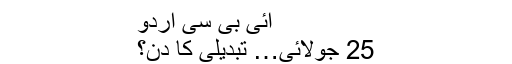
آئی بی سی اردو
25 جولائی… تبدیلی کا دن؟